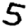
Digit: 5